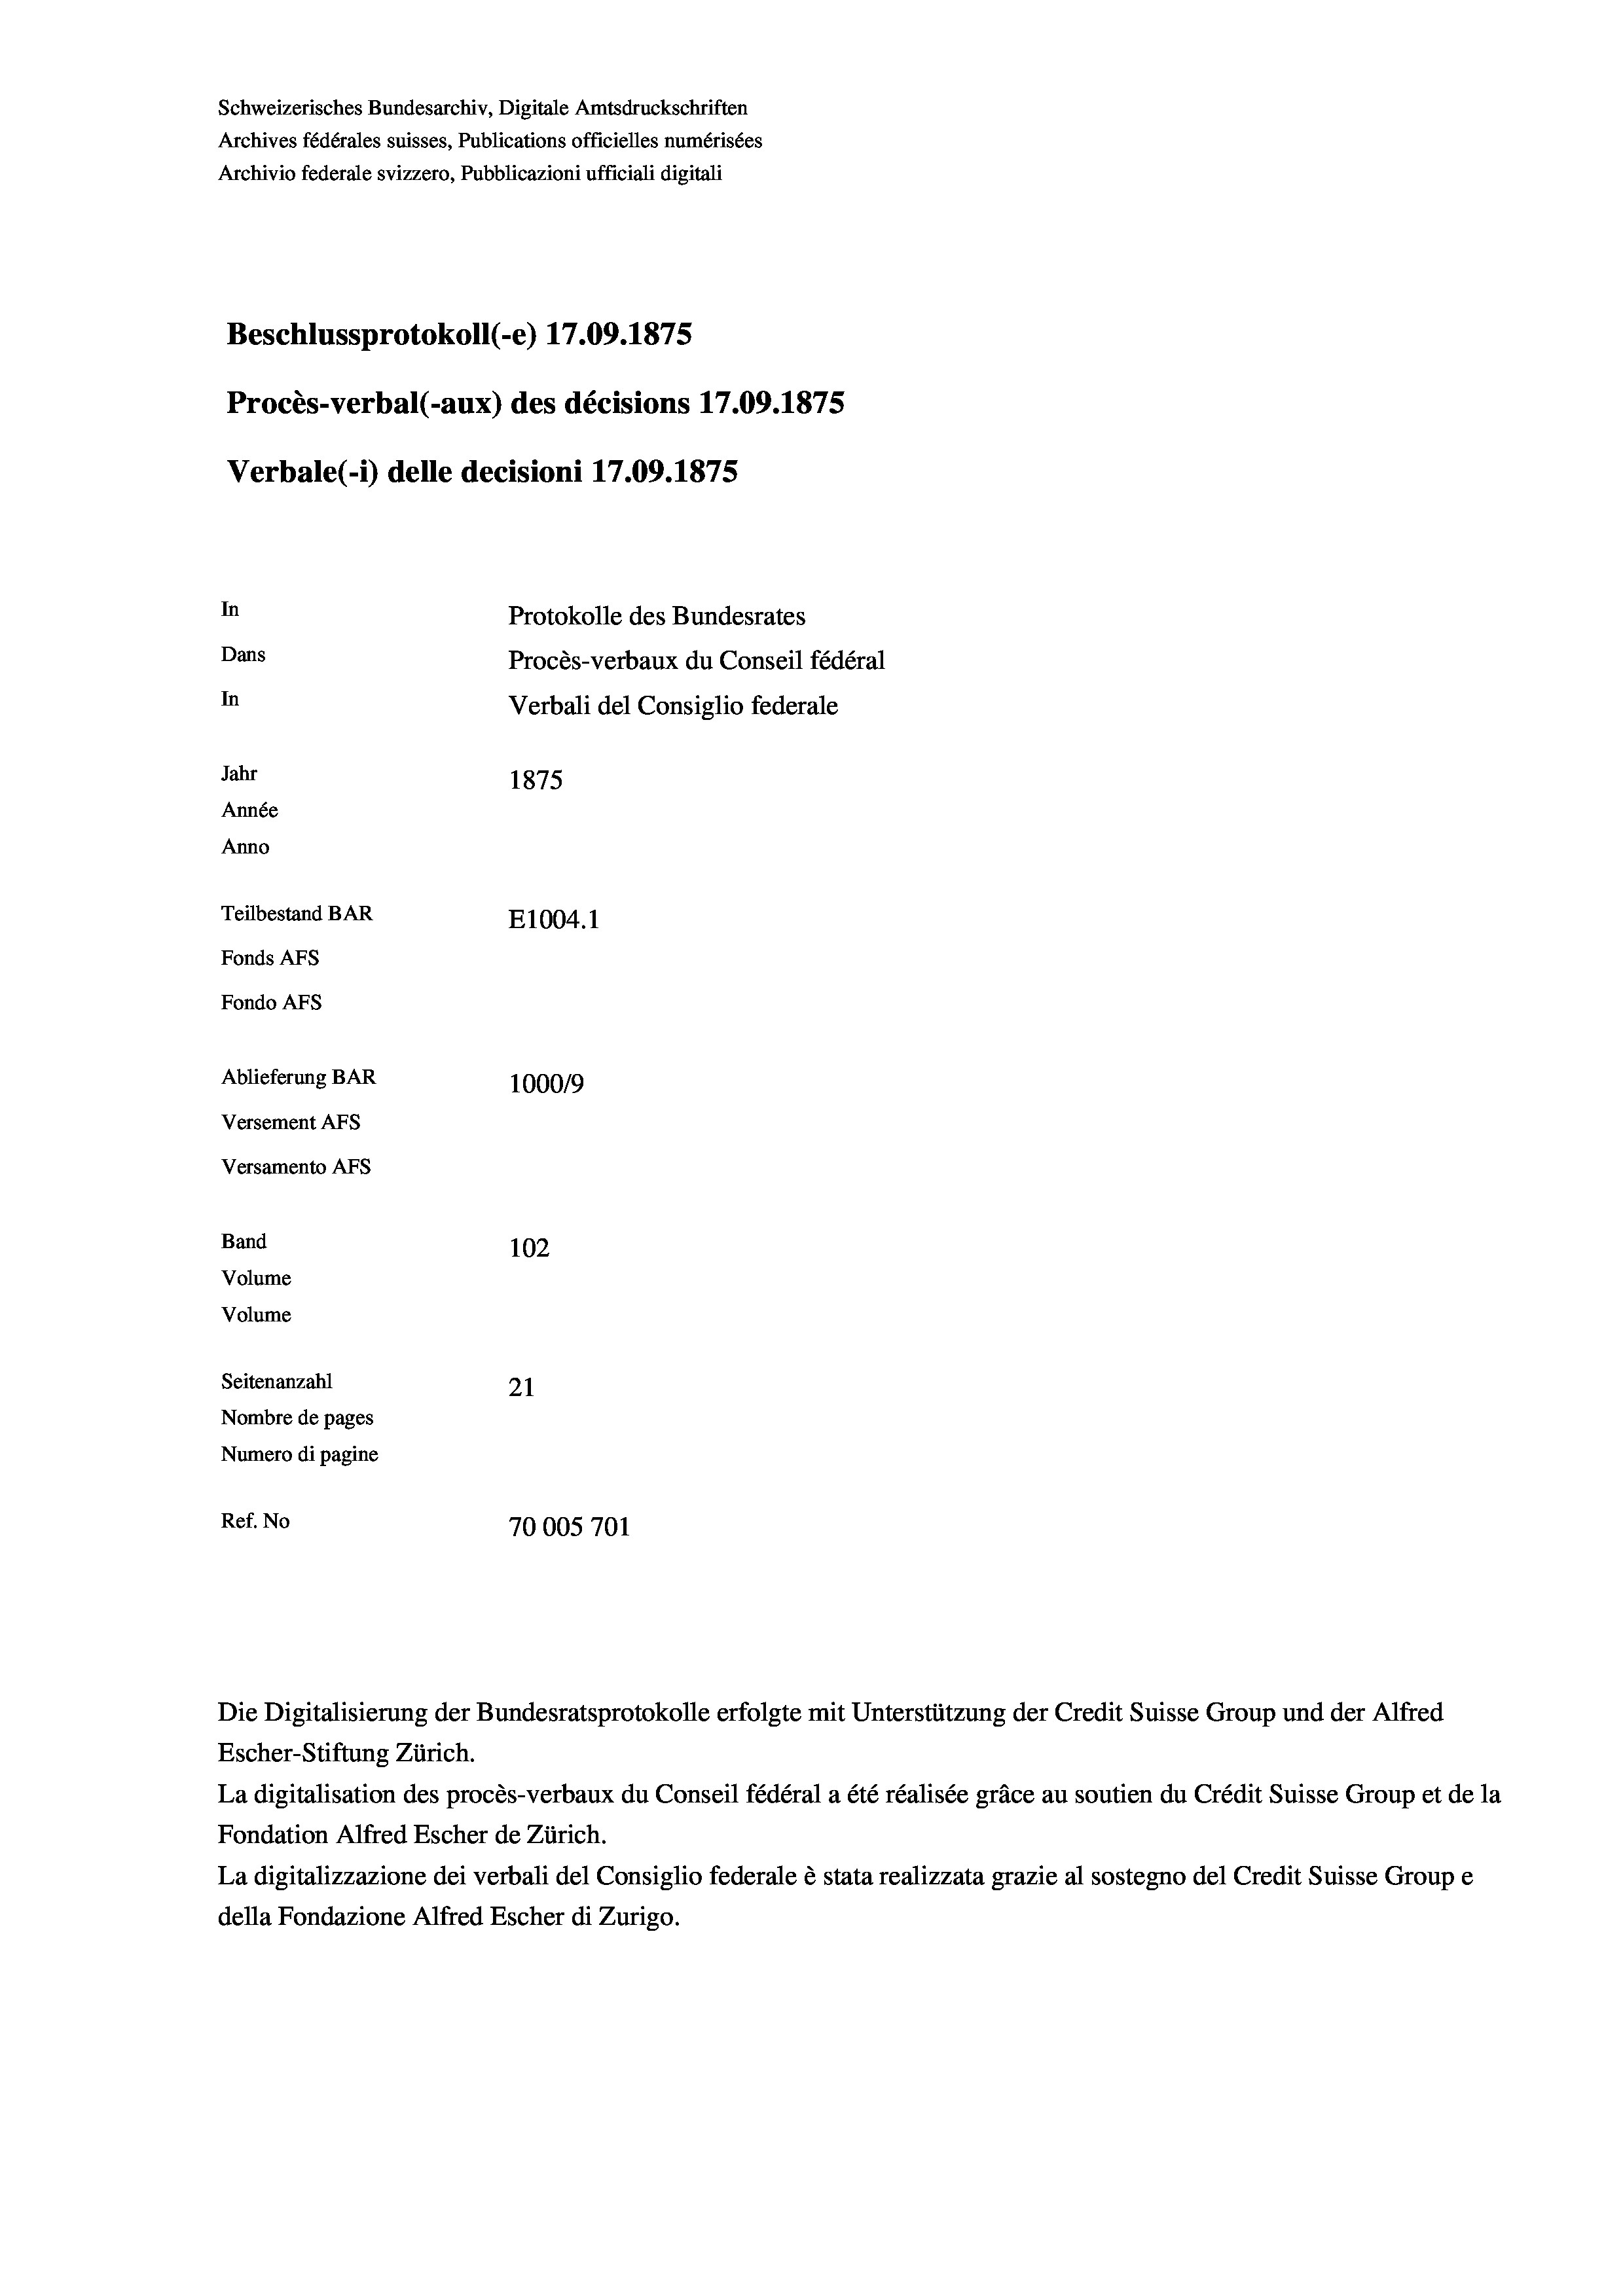
Schweizerisches Bundesarchiv, Digitale Amtsdruckschriften
Archives fédérales suisses, Publications officielles numérisées
Archivio federale svizzero, Pubblicazioni ufficiali digitali
Beschlussprotokoll (-e) 17.09. 1875
Procès-verbal (-aux) des décisions 17.09.1875
Verbale(*) delle decisioni 17.09. 1875
In
Protokolle des Bundesrates
Dans
Procès-verbaux du Conseil fédéral
In
Verbali del Consiglio federale
Jahr
1875
Année
Anno
Teilbestand BAR
E1004. 1
Fonds AFs
Fondo AFs
Ablieferung BAR
1000/9
Versement Abs
Versamento Afs

Band
Volume
Volume

102
Seitenanzahl
21
Nombre de pages
Numero di pagine
Ref. No
70005701

Die Digitalisierung der Bundesratsprotokolle erfolgte mit Unterstützung der Credit Suisse Group und der Alfred
Escher-Stiftung Zürich.
La digitalisation des procès-verbaux du Conseil fédéral a été réalisée gräce au soutien du Crédit Suisse Group et de la
Fondation Alfred Escher de Zürich.
La digitalizzazione dei verbali del Consiglio federale è stata realizzata grazie al sostegno del Credit Suisse Groupe
della Fondazione Alfred Escher di Zurigo.